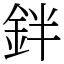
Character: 鉡